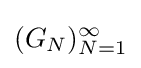
(G_{N})_{N=1}^{\infty }